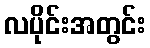
လပိုင်းအတွင်း